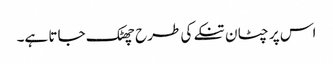
اس پر چٹان تنکے کی طرح چھٹک جاتا ہے۔